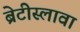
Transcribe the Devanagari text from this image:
ब्रेटीस्लावा